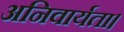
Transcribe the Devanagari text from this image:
अनिवार्यता।